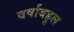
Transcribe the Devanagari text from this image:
वर्षाबहुल